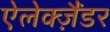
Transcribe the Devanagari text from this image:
ऐलेक्ज़ैंडर